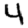
Digit: 4